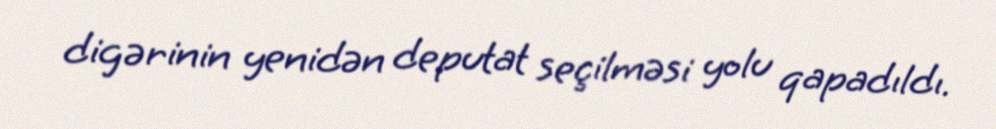
digərinin yenidən deputat seçilməsi yolu qapadıldı.